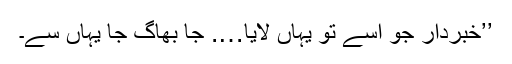
’’خبردار جو اُسے تو یہاں لایا…. جا بھاگ جا یہاں سے۔